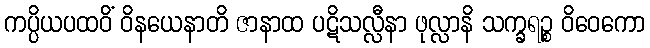
ကပ္ပိယပထဝိံ ဝိနယေနာတိ ဇာနာထ ပဋိသလ္လီနာ ဖုလ္လာနိ သက္ခရဉ္စ ဝိဝေကော